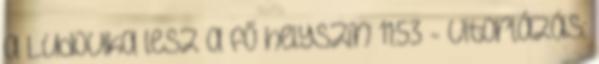
a Ludovika lesz a fő helyszín 11:53 - Vitorlázás: